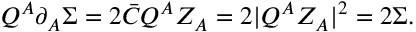
Q ^ { A } \partial _ { A } \Sigma = 2 \bar { C } Q ^ { A } Z _ { A } = 2 | Q ^ { A } Z _ { A } | ^ { 2 } = 2 \Sigma .